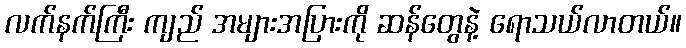
လက်နက်ကြီး ကျည် အများအပြားကို ဆန်တွေနဲ့ ရောသယ်လာတယ်။